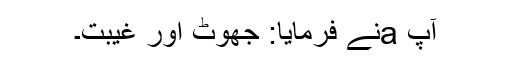
آپ aنے فرمایا: جھوٹ اور غیبت۔